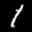
Label: 1